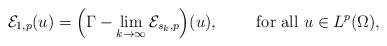
LaTeX: \begin{align*}\mathcal E_{1,p}(u)=\Big(\Gamma-\lim_{k\to\infty}\mathcal E_{s_k,p}\Big)(u),\qquad\mbox{ for all } u\in L^p(\Omega),\end{align*}